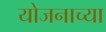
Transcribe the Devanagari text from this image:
योजनाच्या